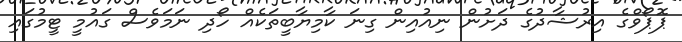
ޕޮޕޯވްގެ އިރުޝާދުގެ ދަށުން ނިއުއިން ގިނަ ކާމިޔާބީތަކެއް ހޯދި ނަމަވެސް ގައުމީ ޓީމުގައި